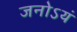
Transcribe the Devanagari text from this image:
जनोऽयं